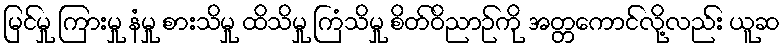
မြင်မှု ကြားမှု နံမှု စားသိမှု ထိသိမှု ကြံသိမှု စိတ်ဝိညာဉ်ကို အတ္တကောင်လို့လည်း ယူဆ